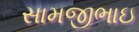
સામજીભાઇ